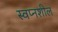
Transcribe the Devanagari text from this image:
स्वप्नशील